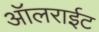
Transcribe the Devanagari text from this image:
ऑलराईट